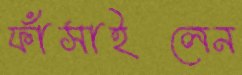
ফাঁসাইলেন